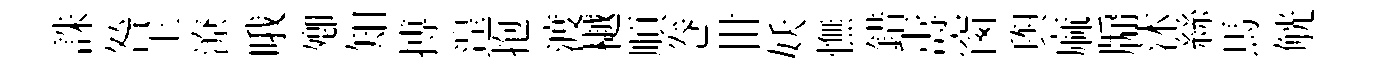
誅咎王潦哦𡖖知搏遑抱渡樾順巻丗妖憮錯夀窗舆麻牖沐絲馬觥